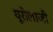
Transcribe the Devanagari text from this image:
यूरोलाजी